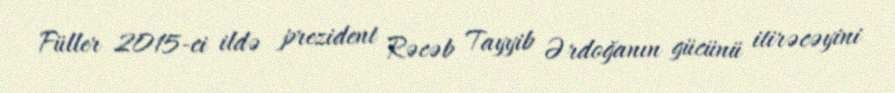
Füller 2015-ci ildə prezident Rəcəb Tayyib Ərdoğanın gücünü itirəcəyini